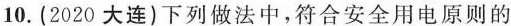
10.(2020大连)下列做法中，符合安全用电原则的